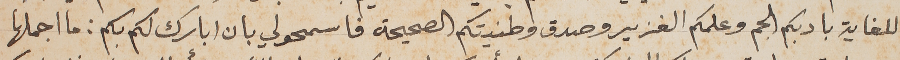
للغاية بادبكم الجم وعلمكم الغزير وصدق وطنيتكم الصحيحة فاسمحو لي بان ابارك لكم بكم : ما اجملها